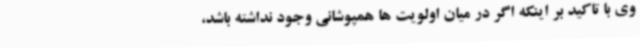
وی با تاکید بر اینکه اگر در میان اولویت ها همپوشانی وجود نداشته باشد،